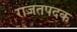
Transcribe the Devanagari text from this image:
राजतपदक